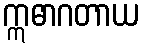
ဣဓာဂတာယ